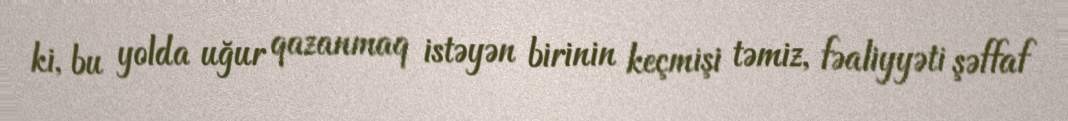
ki, bu yolda uğur qazanmaq istəyən birinin keçmişi təmiz, fəaliyyəti şəffaf